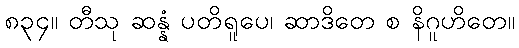
၈၃၄။ တီသု ဆန္နံ ပတိရူပေ၊ ဆာဒိတေ စ နိဂူဟိတေ။